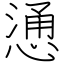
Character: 慂